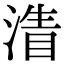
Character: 𣹴